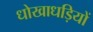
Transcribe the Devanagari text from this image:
धोखाधड़ियों